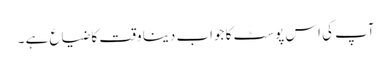
آپ کی اس پوسٹ کا جواب دینا وقت کا ضیاع ہے ۔